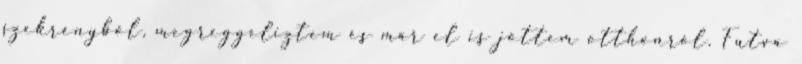
szekrényből, megreggeliztem és már el is jöttem otthonról. Futva